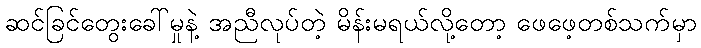
ဆင်ခြင်တွေးခေါ်မှုနဲ့ အညီလုပ်တဲ့ မိန်းမရယ်လို့တော့ ဖေဖေ့တစ်သက်မှာ